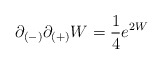
\begin{align*}\partial_{(-)} \partial_{(+)} W = {1 \over 4}e^{2W}\end{align*}